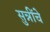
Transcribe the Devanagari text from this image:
सुन्नींचे